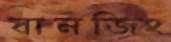
বানজিং